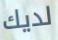
لديك